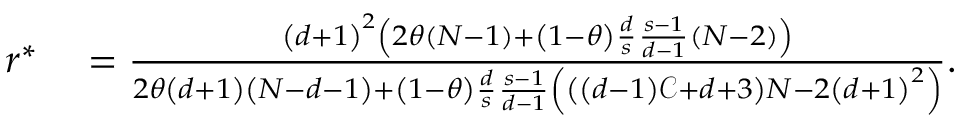
\begin{array} { r l } { r ^ { \ast } } & { { } = \frac { \left( d + 1 \right) ^ { 2 } \left( 2 \theta \left( N - 1 \right) + \left( 1 - \theta \right) \frac { d } { s } \frac { s - 1 } { d - 1 } \left( N - 2 \right) \right) } { 2 \theta \left( d + 1 \right) \left( N - d - 1 \right) + \left( 1 - \theta \right) \frac { d } { s } \frac { s - 1 } { d - 1 } \left( \left( \left( d - 1 \right) \mathcal { C } + d + 3 \right) N - 2 \left( d + 1 \right) ^ { 2 } \right) } . } \end{array}